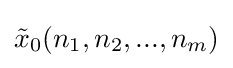
{\tilde {x}}_{0}(n_{1},n_{2},...,n_{m})